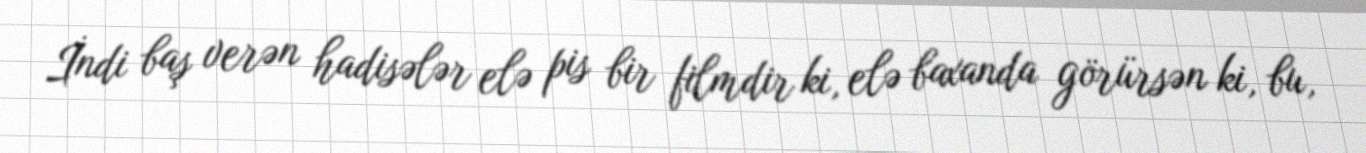
İndi baş verən hadisələr elə pis bir filmdir ki, elə baxanda görürsən ki, bu,